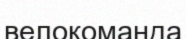
велокоманда